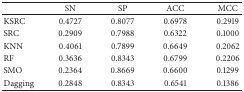
|  | SN | SP | ACC | MCC |
 | --- | --- | --- | --- | --- |
 | KSRC | 0.4727 | 0.8077 | 0.6978 | 0.2919 |
 | SRC | 0.2909 | 0.7988 | 0.6322 | 0.1000 |
 | KNN | 0.4061 | 0.7899 | 0.6649 | 0.2062 |
 | RF | 0.3636 | 0.8343 | 0.6799 | 0.2206 |
 | SMO | 0.2364 | 0.8669 | 0.6600 | 0.1299 |
 | Dagging | 0.2848 | 0.8343 | 0.6541 | 0.1386 |